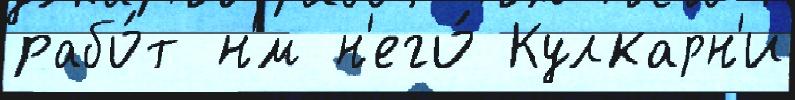
рабо́т н'́м н'его́ Кулкарн'и